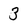
Character: 3